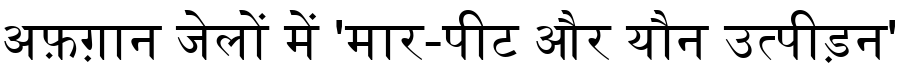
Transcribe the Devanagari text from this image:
अफ़ग़ान जेलों में 'मार-पीट और यौन उत्पीड़न'